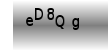
Text: eD8Qg